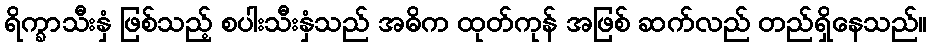
ရိက္ခာသီးနှံ ဖြစ်သည့် စပါးသီးနှံသည် အဓိက ထုတ်ကုန် အဖြစ် ဆက်လည် တည်ရှိနေသည်။